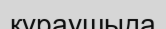
құраушыда